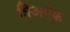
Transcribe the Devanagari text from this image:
त्रिअएक